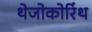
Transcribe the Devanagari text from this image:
थेजोकोरिंथ